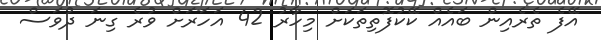
އޭފެ ތެރެއިން ބައެއް ކޭކުފޮތިތަކަށް މިހާރު 42 އަހަރަށް ވުރެ ގިނަ ދުވަސް